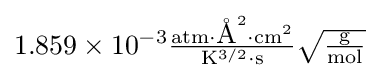
{\textstyle 1.859\times 10^{-3}\mathrm {{\frac {atm\cdot \mbox{\AA} ^{2}\cdot {cm}^{2}}{K^{3/2}\cdot s}}{\sqrt {\frac {g}{mol}}}} }